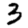
Digit: 3